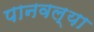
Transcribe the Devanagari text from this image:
पानवल्या